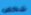
شخص